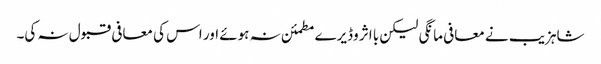
شاہزیب نے معافی مانگی لیکن با اثر وڈیرے مطمئن نہ ہوئے اور اس کی معافی قبول نہ کی۔